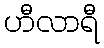
ဟီလာရီ